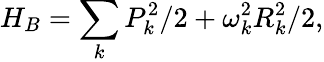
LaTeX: H_{B}=\sum_{k}P_{k}^{2}/2+\omega_{k}^{2}R_{k}^{2}/2,